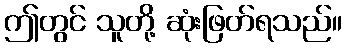
ဤတွင် သူတို့ ဆုံးဖြတ်ရသည်။